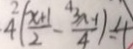
4 ( \frac { x + 1 } { 2 } - \frac { 3 x - 1 } { 4 } ) = 4